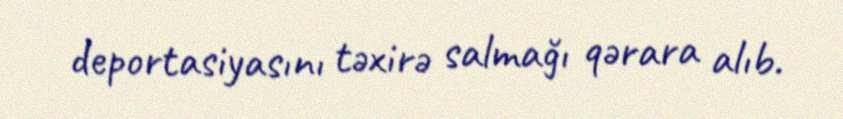
deportasiyasını təxirə salmağı qərara alıb.